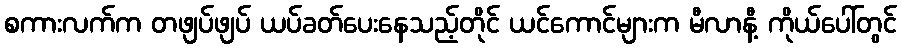
စကားလက်က တဖျပ်ဖျပ် ယပ်ခတ်ပေးနေသည့်တိုင် ယင်ကောင်များက မီလာနီ့ ကိုယ်ပေါ်တွင်